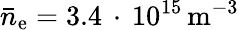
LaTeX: \bar{n}_{\mathrm{e}}=3.4\, \cdot\, 10^{15}\, \mathrm{{m}^{-3}}